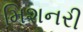
મિશનરી